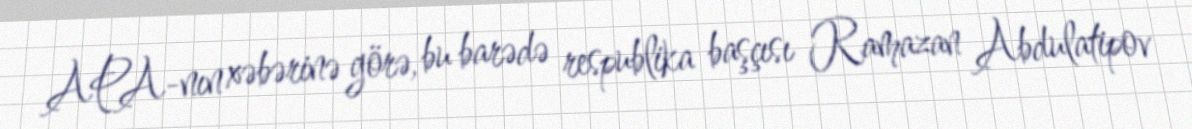
APA-nın xəbərinə görə, bu barədə respublika başçısı Ramazan Abdulatipov